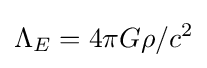
\Lambda _{E}=4\pi G\rho /c^{2}